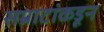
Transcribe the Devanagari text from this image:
सम्राटांकडून